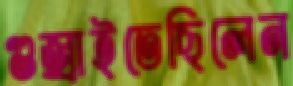
গুজ্‌রাইতেছিলেন